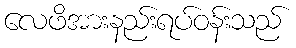
လေဖိအားနည်းရပ်ဝန်းသည်